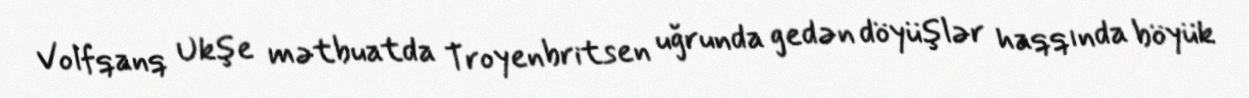
Volfqanq Ukşe mətbuatda Troyenbritsen uğrunda gedən döyüşlər haqqında böyük